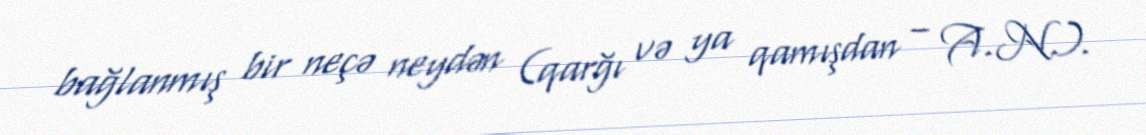
bağlanmış bir neçə neydən (qarğı və ya qamışdan – A.N.).